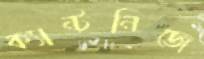
ক্যান্টনিজে